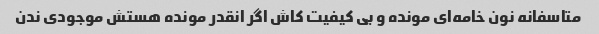
متاسفانه نون خامه‌ای مونده و بی کیفیت کاش اگر انقدر مونده هستش موجودی ندن